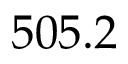
5 0 5 . 2